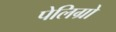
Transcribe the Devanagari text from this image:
पेलिग्रो